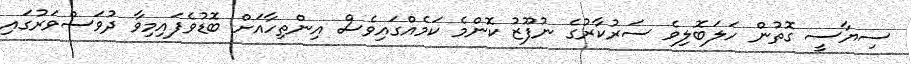
ސިޔާސީ ގޮތުން ހަލަބޮލިވެ ސަރުކާރުގެ ނުފޫޒު ކޮންމެ ކަމެއްގައިވެސް އިންތިހާއަށް ބޮޑުވެފައިމިވާ ދުވަސްވަރުގައި